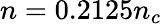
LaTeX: n=0.2125n_{c}